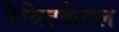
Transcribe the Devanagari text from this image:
रैबिटकेटल